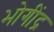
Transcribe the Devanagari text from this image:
भोगींद्र